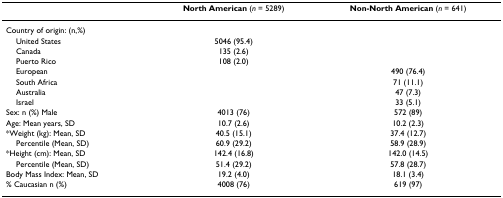
<table><thead><tr><td></td><td><b>North American (<i>n </i>= 5289)</b></td><td><b>Non-North American (<i>n </i>= 641)</b></td></tr></thead><tbody><tr><td>Country of origin: (n,%)</td><td></td><td></td></tr><tr><td> United States</td><td>5046 (95.4)</td><td></td></tr><tr><td> Canada</td><td>135 (2.6)</td><td></td></tr><tr><td> Puerto Rico</td><td>108 (2.0)</td><td></td></tr><tr><td> European</td><td></td><td>490 (76.4)</td></tr><tr><td> South Africa</td><td></td><td>71 (11.1)</td></tr><tr><td> Australia</td><td></td><td>47 (7.3)</td></tr><tr><td> Israel</td><td></td><td>33 (5.1)</td></tr><tr><td>Sex: n (%) Male</td><td>4013 (76)</td><td>572 (89)</td></tr><tr><td>Age: Mean years, SD</td><td>10.7 (2.6)</td><td>10.2 (2.3)</td></tr><tr><td>*Weight (kg): Mean, SD</td><td>40.5 (15.1)</td><td>37.4 (12.7)</td></tr><tr><td> Percentile (Mean, SD)</td><td>60.9 (29.2)</td><td>58.9 (28.9)</td></tr><tr><td>*Height (cm): Mean, SD</td><td>142.4 (16.8)</td><td>142.0 (14.5)</td></tr><tr><td> Percentile (Mean, SD)</td><td>51.4 (29.2)</td><td>57.8 (28.7)</td></tr><tr><td>Body Mass Index: Mean, SD</td><td>19.2 (4.0)</td><td>18.1 (3.4)</td></tr><tr><td>% Caucasian n (%)</td><td>4008 (76)</td><td>619 (97)</td></tr></tbody></table>